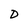
Character: D